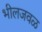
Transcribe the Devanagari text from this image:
भीलजवळ